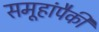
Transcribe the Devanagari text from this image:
समूहांपैकी